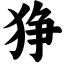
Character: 狰